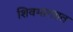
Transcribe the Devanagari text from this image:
शिवभारतात